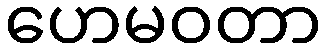
ဟေမဝတာ